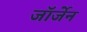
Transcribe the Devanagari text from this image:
जॉर्जेन